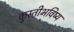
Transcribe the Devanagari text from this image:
कुस्तीभविष्य